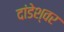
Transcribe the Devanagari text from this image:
दांडेश्वर